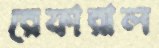
রেফারাল